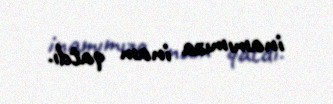
inamımıza inam qatdı.